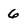
Character: 6